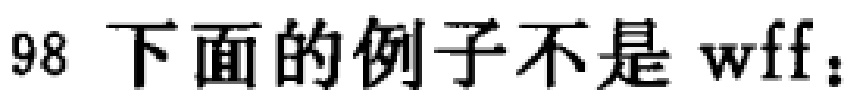
98 下面的例子不是 wff：